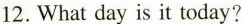
12. What day s it tday?